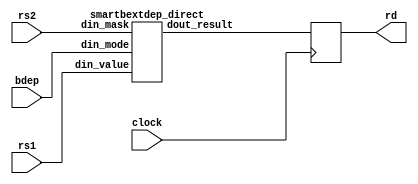
/*
 *  Copyright (C) 2017  Clifford Wolf <clifford@clifford.at>
 *
 *  Permission to use, copy, modify, and/or distribute this software for any
 *  purpose with or without fee is hereby granted, provided that the above
 *  copyright notice and this permission notice appear in all copies.
 *
 *  THE SOFTWARE IS PROVIDED "AS IS" AND THE AUTHOR DISCLAIMS ALL WARRANTIES
 *  WITH REGARD TO THIS SOFTWARE INCLUDING ALL IMPLIED WARRANTIES OF
 *  MERCHANTABILITY AND FITNESS. IN NO EVENT SHALL THE AUTHOR BE LIABLE FOR
 *  ANY SPECIAL, DIRECT, INDIRECT, OR CONSEQUENTIAL DAMAGES OR ANY DAMAGES
 *  WHATSOEVER RESULTING FROM LOSS OF USE, DATA OR PROFITS, WHETHER IN AN
 *  ACTION OF CONTRACT, NEGLIGENCE OR OTHER TORTIOUS ACTION, ARISING OUT OF
 *  OR IN CONNECTION WITH THE USE OR PERFORMANCE OF THIS SOFTWARE.
 *
 */

module smartbextdep (
	input clock,
	input bdep,
	input [31:0] rs1,
	input [31:0] rs2,
	output reg [31:0] rd
);
	wire        din_mode;
	wire [31:0] din_value;
	wire [31:0] din_mask;
	wire [31:0] dout_result;

	assign din_mode  = bdep;
	assign din_value = rs1;
	assign din_mask  = rs2;

	smartbextdep_direct smartbextdep_direct_inst (
		.din_mode   (din_mode   ),
		.din_value  (din_value  ),
		.din_mask   (din_mask   ),
		.dout_result(dout_result)
	);

	always @(posedge clock) begin
		rd <= dout_result;
	end
endmodule

// ========================================================================

`define smartbextdep_bfly_idx_a(k, i) ((2 << (k))*((i)/(1 << (k))) + (i)%(1 << (k)))
`define smartbextdep_bfly_idx_b(k, i) (`smartbextdep_bfly_idx_a(k, i) + (1<<(k)))

module smartbextdep_direct (
	input         din_mode,
	input  [31:0] din_value,
	input  [31:0] din_mask,
	output [31:0] dout_result
);
	wire [15:0] decoder_s1, decoder_s2, decoder_s4;
	wire [15:0] decoder_s8, decoder_s16, decoder_s32;

	smartbextdep_decoder decoder (
		.mask  (din_mask   ),
		.s1    (decoder_s1 ),
		.s2    (decoder_s2 ),
		.s4    (decoder_s4 ),
		.s8    (decoder_s8 ),
		.s16   (decoder_s16)
	);

	wire [31:0] result_fwd;
	wire [31:0] result_bwd;

	smartbextdep_bfly_fwd butterfly_fwd (
		.din  (din_value   ),
		.s1   (~decoder_s1 ),
		.s2   (~decoder_s2 ),
		.s4   (~decoder_s4 ),
		.s8   (~decoder_s8 ),
		.s16  (~decoder_s16),
		.dout (result_fwd  )
	);

	smartbextdep_bfly_bwd butterfly_bwd (
		.din  (din_value & din_mask),
		.s1   (~decoder_s1 ),
		.s2   (~decoder_s2 ),
		.s4   (~decoder_s4 ),
		.s8   (~decoder_s8 ),
		.s16  (~decoder_s16),
		.dout (result_bwd  )
	);

	assign dout_result = din_mode ? (result_fwd & din_mask) : result_bwd;
endmodule

// ========================================================================

module smartbextdep_lrotcz #(
	parameter integer N = 1,
	parameter integer M = 1
) (
	input [7:0] din,
	output [M-1:0] dout
);
	wire [2*M-1:0] mask = {M{1'b1}};
	assign dout = (mask << din[N-1:0]) >> M;
endmodule

module smartbextdep_decoder (
	input         clock,
	input         enable,
	input  [31:0] mask,
	output [15:0] s1, s2, s4, s8, s16
);
	wire [8*32-1:0] ppsdata;

	smartbextdep_pps32 pps_core (
		.din  (mask),
		.dout (ppsdata)
	);

	genvar i;
	generate
		for (i = 0; i < 32/2; i = i+1) begin:stage1
			smartbextdep_lrotcz #(.N(1), .M(1)) lrotc_zero (
				.din(ppsdata[8*(2*i + 1 - 1) +: 8]),
				.dout(s1[i])
			);
		end

		for (i = 0; i < 32/4; i = i+1) begin:stage2
			smartbextdep_lrotcz #(.N(2), .M(2)) lrotc_zero (
				.din(ppsdata[8*(4*i + 2 - 1) +: 8]),
				.dout(s2[2*i +: 2])
			);
		end

		for (i = 0; i < 32/8; i = i+1) begin:stage4
			smartbextdep_lrotcz #(.N(3), .M(4)) lrotc_zero (
				.din(ppsdata[8*(8*i + 4 - 1) +: 8]),
				.dout(s4[4*i +: 4])
			);
		end

		for (i = 0; i < 32/16; i = i+1) begin:stage8
			smartbextdep_lrotcz #(.N(4), .M(8)) lrotc_zero (
				.din(ppsdata[8*(16*i + 8 - 1) +: 8]),
				.dout(s8[8*i +: 8])
			);
		end

		for (i = 0; i < 32/32; i = i+1) begin:stage16
			smartbextdep_lrotcz #(.N(5), .M(16)) lrotc_zero (
				.din(ppsdata[8*(32*i + 16 - 1) +: 8]),
				.dout(s16[16*i +: 16])
			);
		end
	endgenerate
endmodule

module smartbextdep_bfly_fwd (
	input  [31:0] din,
	input  [15:0] s1, s2, s4, s8, s16,
	output [31:0] dout
);
	reg [31:0] butterfly;
	assign dout = butterfly;

	integer k, i;
	always @* begin
		butterfly = din;

		for (i = 0; i < 16; i = i+1)
			if (s16[i]) {butterfly[`smartbextdep_bfly_idx_a(4, i)], butterfly[`smartbextdep_bfly_idx_b(4, i)]} =
						{butterfly[`smartbextdep_bfly_idx_b(4, i)], butterfly[`smartbextdep_bfly_idx_a(4, i)]};

		for (i = 0; i < 16; i = i+1)
			if (s8[i]) {butterfly[`smartbextdep_bfly_idx_a(3, i)], butterfly[`smartbextdep_bfly_idx_b(3, i)]} =
						{butterfly[`smartbextdep_bfly_idx_b(3, i)], butterfly[`smartbextdep_bfly_idx_a(3, i)]};

		for (i = 0; i < 16; i = i+1)
			if (s4[i]) {butterfly[`smartbextdep_bfly_idx_a(2, i)], butterfly[`smartbextdep_bfly_idx_b(2, i)]} =
						{butterfly[`smartbextdep_bfly_idx_b(2, i)], butterfly[`smartbextdep_bfly_idx_a(2, i)]};

		for (i = 0; i < 16; i = i+1)
			if (s2[i]) {butterfly[`smartbextdep_bfly_idx_a(1, i)], butterfly[`smartbextdep_bfly_idx_b(1, i)]} =
						{butterfly[`smartbextdep_bfly_idx_b(1, i)], butterfly[`smartbextdep_bfly_idx_a(1, i)]};

		for (i = 0; i < 16; i = i+1)
			if (s1[i]) {butterfly[`smartbextdep_bfly_idx_a(0, i)], butterfly[`smartbextdep_bfly_idx_b(0, i)]} =
						{butterfly[`smartbextdep_bfly_idx_b(0, i)], butterfly[`smartbextdep_bfly_idx_a(0, i)]};
	end
endmodule

module smartbextdep_bfly_bwd (
	input  [31:0] din,
	input  [15:0] s1, s2, s4, s8, s16,
	output [31:0] dout
);
	reg [31:0] butterfly;
	assign dout = butterfly;

	integer k, i;
	always @* begin
		butterfly = din;

		for (i = 0; i < 16; i = i+1)
			if (s1[i]) {butterfly[`smartbextdep_bfly_idx_a(0, i)], butterfly[`smartbextdep_bfly_idx_b(0, i)]} =
						{butterfly[`smartbextdep_bfly_idx_b(0, i)], butterfly[`smartbextdep_bfly_idx_a(0, i)]};

		for (i = 0; i < 16; i = i+1)
			if (s2[i]) {butterfly[`smartbextdep_bfly_idx_a(1, i)], butterfly[`smartbextdep_bfly_idx_b(1, i)]} =
						{butterfly[`smartbextdep_bfly_idx_b(1, i)], butterfly[`smartbextdep_bfly_idx_a(1, i)]};

		for (i = 0; i < 16; i = i+1)
			if (s4[i]) {butterfly[`smartbextdep_bfly_idx_a(2, i)], butterfly[`smartbextdep_bfly_idx_b(2, i)]} =
						{butterfly[`smartbextdep_bfly_idx_b(2, i)], butterfly[`smartbextdep_bfly_idx_a(2, i)]};

		for (i = 0; i < 16; i = i+1)
			if (s8[i]) {butterfly[`smartbextdep_bfly_idx_a(3, i)], butterfly[`smartbextdep_bfly_idx_b(3, i)]} =
						{butterfly[`smartbextdep_bfly_idx_b(3, i)], butterfly[`smartbextdep_bfly_idx_a(3, i)]};

		for (i = 0; i < 16; i = i+1)
			if (s16[i]) {butterfly[`smartbextdep_bfly_idx_a(4, i)], butterfly[`smartbextdep_bfly_idx_b(4, i)]} =
						{butterfly[`smartbextdep_bfly_idx_b(4, i)], butterfly[`smartbextdep_bfly_idx_a(4, i)]};
	end
endmodule

module smartbextdep_pps32 (
  input [31:0] din,
  output [255:0] dout
);
  function [15:0] carry_save_add;
    input [15:0] a, b;
    reg [7:0] x, y;
    begin
      x = a[15:8] ^ a[7:0] ^ b[7:0];
      y = ((a[15:8] & a[7:0]) | (a[15:8] & b[7:0]) | (a[7:0] & b[7:0])) << 1;
      carry_save_add[7:0] = x ^ y ^ b[15:8];
      carry_save_add[15:8] = ((x & y) | (x & b[15:8]) | (y & b[15:8])) << 1;
    end
  endfunction
  function [7:0] carry_save_get;
    input [15:0] a;
    begin
      carry_save_get = a[7:0] + a[15:8];
    end
  endfunction
  // inputs
  wire [15:0] e0s0 = {15'b0, din[0 +: 1]};
  wire [15:0] e1s0 = {15'b0, din[1 +: 1]};
  wire [15:0] e2s0 = {15'b0, din[2 +: 1]};
  wire [15:0] e3s0 = {15'b0, din[3 +: 1]};
  wire [15:0] e4s0 = {15'b0, din[4 +: 1]};
  wire [15:0] e5s0 = {15'b0, din[5 +: 1]};
  wire [15:0] e6s0 = {15'b0, din[6 +: 1]};
  wire [15:0] e7s0 = {15'b0, din[7 +: 1]};
  wire [15:0] e8s0 = {15'b0, din[8 +: 1]};
  wire [15:0] e9s0 = {15'b0, din[9 +: 1]};
  wire [15:0] e10s0 = {15'b0, din[10 +: 1]};
  wire [15:0] e11s0 = {15'b0, din[11 +: 1]};
  wire [15:0] e12s0 = {15'b0, din[12 +: 1]};
  wire [15:0] e13s0 = {15'b0, din[13 +: 1]};
  wire [15:0] e14s0 = {15'b0, din[14 +: 1]};
  wire [15:0] e15s0 = {15'b0, din[15 +: 1]};
  wire [15:0] e16s0 = {15'b0, din[16 +: 1]};
  wire [15:0] e17s0 = {15'b0, din[17 +: 1]};
  wire [15:0] e18s0 = {15'b0, din[18 +: 1]};
  wire [15:0] e19s0 = {15'b0, din[19 +: 1]};
  wire [15:0] e20s0 = {15'b0, din[20 +: 1]};
  wire [15:0] e21s0 = {15'b0, din[21 +: 1]};
  wire [15:0] e22s0 = {15'b0, din[22 +: 1]};
  wire [15:0] e23s0 = {15'b0, din[23 +: 1]};
  wire [15:0] e24s0 = {15'b0, din[24 +: 1]};
  wire [15:0] e25s0 = {15'b0, din[25 +: 1]};
  wire [15:0] e26s0 = {15'b0, din[26 +: 1]};
  wire [15:0] e27s0 = {15'b0, din[27 +: 1]};
  wire [15:0] e28s0 = {15'b0, din[28 +: 1]};
  wire [15:0] e29s0 = {15'b0, din[29 +: 1]};
  wire [15:0] e30s0 = {15'b0, din[30 +: 1]};
  wire [15:0] e31s0 = {15'b0, din[31 +: 1]};
  // forward pass
  wire [15:0] e1s1 = carry_save_add(e1s0, e0s0);
  wire [15:0] e3s1 = carry_save_add(e3s0, e2s0);
  wire [15:0] e5s1 = carry_save_add(e5s0, e4s0);
  wire [15:0] e7s1 = carry_save_add(e7s0, e6s0);
  wire [15:0] e9s1 = carry_save_add(e9s0, e8s0);
  wire [15:0] e11s1 = carry_save_add(e11s0, e10s0);
  wire [15:0] e13s1 = carry_save_add(e13s0, e12s0);
  wire [15:0] e15s1 = carry_save_add(e15s0, e14s0);
  wire [15:0] e17s1 = carry_save_add(e17s0, e16s0);
  wire [15:0] e19s1 = carry_save_add(e19s0, e18s0);
  wire [15:0] e21s1 = carry_save_add(e21s0, e20s0);
  wire [15:0] e23s1 = carry_save_add(e23s0, e22s0);
  wire [15:0] e25s1 = carry_save_add(e25s0, e24s0);
  wire [15:0] e27s1 = carry_save_add(e27s0, e26s0);
  wire [15:0] e29s1 = carry_save_add(e29s0, e28s0);
  wire [15:0] e31s1 = carry_save_add(e31s0, e30s0);
  wire [15:0] e3s2 = carry_save_add(e3s1, e1s1);
  wire [15:0] e7s2 = carry_save_add(e7s1, e5s1);
  wire [15:0] e11s2 = carry_save_add(e11s1, e9s1);
  wire [15:0] e15s2 = carry_save_add(e15s1, e13s1);
  wire [15:0] e19s2 = carry_save_add(e19s1, e17s1);
  wire [15:0] e23s2 = carry_save_add(e23s1, e21s1);
  wire [15:0] e27s2 = carry_save_add(e27s1, e25s1);
  wire [15:0] e31s2 = carry_save_add(e31s1, e29s1);
  wire [15:0] e7s3 = carry_save_add(e7s2, e3s2);
  wire [15:0] e15s3 = carry_save_add(e15s2, e11s2);
  wire [15:0] e23s3 = carry_save_add(e23s2, e19s2);
  wire [15:0] e31s3 = carry_save_add(e31s2, e27s2);
  wire [15:0] e15s4 = carry_save_add(e15s3, e7s3);
  wire [15:0] e31s4 = carry_save_add(e31s3, e23s3);
  wire [15:0] e31s5 = carry_save_add(e31s4, e15s4);
  // backward pass
  wire [15:0] e23s6 = carry_save_add(e23s3, e15s4);
  wire [15:0] e11s7 = carry_save_add(e11s2, e7s3);
  wire [15:0] e19s7 = carry_save_add(e19s2, e15s4);
  wire [15:0] e27s7 = carry_save_add(e27s2, e23s6);
  wire [15:0] e5s8 = carry_save_add(e5s1, e3s2);
  wire [15:0] e9s8 = carry_save_add(e9s1, e7s3);
  wire [15:0] e13s8 = carry_save_add(e13s1, e11s7);
  wire [15:0] e17s8 = carry_save_add(e17s1, e15s4);
  wire [15:0] e21s8 = carry_save_add(e21s1, e19s7);
  wire [15:0] e25s8 = carry_save_add(e25s1, e23s6);
  wire [15:0] e29s8 = carry_save_add(e29s1, e27s7);
  wire [15:0] e2s9 = carry_save_add(e2s0, e1s1);
  wire [15:0] e4s9 = carry_save_add(e4s0, e3s2);
  wire [15:0] e6s9 = carry_save_add(e6s0, e5s8);
  wire [15:0] e8s9 = carry_save_add(e8s0, e7s3);
  wire [15:0] e10s9 = carry_save_add(e10s0, e9s8);
  wire [15:0] e12s9 = carry_save_add(e12s0, e11s7);
  wire [15:0] e14s9 = carry_save_add(e14s0, e13s8);
  wire [15:0] e16s9 = carry_save_add(e16s0, e15s4);
  wire [15:0] e18s9 = carry_save_add(e18s0, e17s8);
  wire [15:0] e20s9 = carry_save_add(e20s0, e19s7);
  wire [15:0] e22s9 = carry_save_add(e22s0, e21s8);
  wire [15:0] e24s9 = carry_save_add(e24s0, e23s6);
  wire [15:0] e26s9 = carry_save_add(e26s0, e25s8);
  wire [15:0] e28s9 = carry_save_add(e28s0, e27s7);
  wire [15:0] e30s9 = carry_save_add(e30s0, e29s8);
  // outputs
  assign dout[0 +: 8] = carry_save_get(e0s0);
  assign dout[8 +: 8] = carry_save_get(e1s1);
  assign dout[16 +: 8] = carry_save_get(e2s9);
  assign dout[24 +: 8] = carry_save_get(e3s2);
  assign dout[32 +: 8] = carry_save_get(e4s9);
  assign dout[40 +: 8] = carry_save_get(e5s8);
  assign dout[48 +: 8] = carry_save_get(e6s9);
  assign dout[56 +: 8] = carry_save_get(e7s3);
  assign dout[64 +: 8] = carry_save_get(e8s9);
  assign dout[72 +: 8] = carry_save_get(e9s8);
  assign dout[80 +: 8] = carry_save_get(e10s9);
  assign dout[88 +: 8] = carry_save_get(e11s7);
  assign dout[96 +: 8] = carry_save_get(e12s9);
  assign dout[104 +: 8] = carry_save_get(e13s8);
  assign dout[112 +: 8] = carry_save_get(e14s9);
  assign dout[120 +: 8] = carry_save_get(e15s4);
  assign dout[128 +: 8] = carry_save_get(e16s9);
  assign dout[136 +: 8] = carry_save_get(e17s8);
  assign dout[144 +: 8] = carry_save_get(e18s9);
  assign dout[152 +: 8] = carry_save_get(e19s7);
  assign dout[160 +: 8] = carry_save_get(e20s9);
  assign dout[168 +: 8] = carry_save_get(e21s8);
  assign dout[176 +: 8] = carry_save_get(e22s9);
  assign dout[184 +: 8] = carry_save_get(e23s6);
  assign dout[192 +: 8] = carry_save_get(e24s9);
  assign dout[200 +: 8] = carry_save_get(e25s8);
  assign dout[208 +: 8] = carry_save_get(e26s9);
  assign dout[216 +: 8] = carry_save_get(e27s7);
  assign dout[224 +: 8] = carry_save_get(e28s9);
  assign dout[232 +: 8] = carry_save_get(e29s8);
  assign dout[240 +: 8] = carry_save_get(e30s9);
  assign dout[248 +: 8] = carry_save_get(e31s5);
endmodule